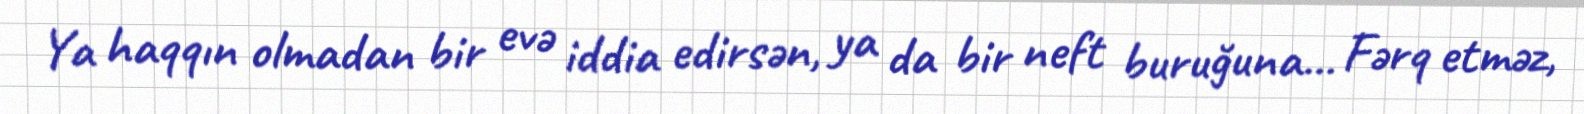
Ya haqqın olmadan bir evə iddia edirsən, ya da bir neft buruğuna... Fərq etməz,